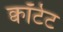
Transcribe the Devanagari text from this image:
क्वॉर्टेट